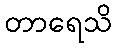
တာရေသိ